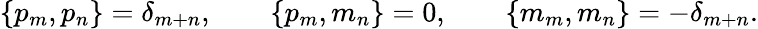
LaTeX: \{ p_{m},p_{n}\} =\delta_{m+n},\qquad\{ p_{m},m_{n}\} =0,\qquad\{ m_{m},m_{n}\} =-\delta_{m+n}.